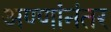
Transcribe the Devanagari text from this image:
अण्णांनंतर